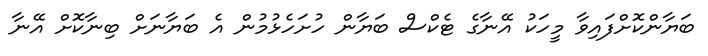
ބަޔާންކޮށްފައިވާ މީހަކު އޭނާގެ ޓެކްސް ބަޔާން ހުށަހެޅުމުން އެ ބަޔާނަށް ބިނާކޮށް އޭނާ